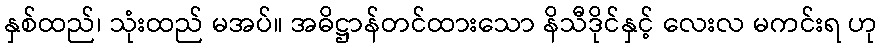
နှစ်ထည်၊ သုံးထည် မအပ်။ အဓိဋ္ဌာန်တင်ထားသော နိသီဒိုင်နှင့် လေးလ မကင်းရ ဟု